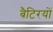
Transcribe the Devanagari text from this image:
बैटिरयों